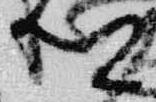
卿